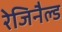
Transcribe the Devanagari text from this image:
रेजिनैल्ड